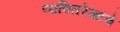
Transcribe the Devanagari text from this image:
व्यक्तिरेखांचे